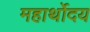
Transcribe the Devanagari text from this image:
महार्थोदय